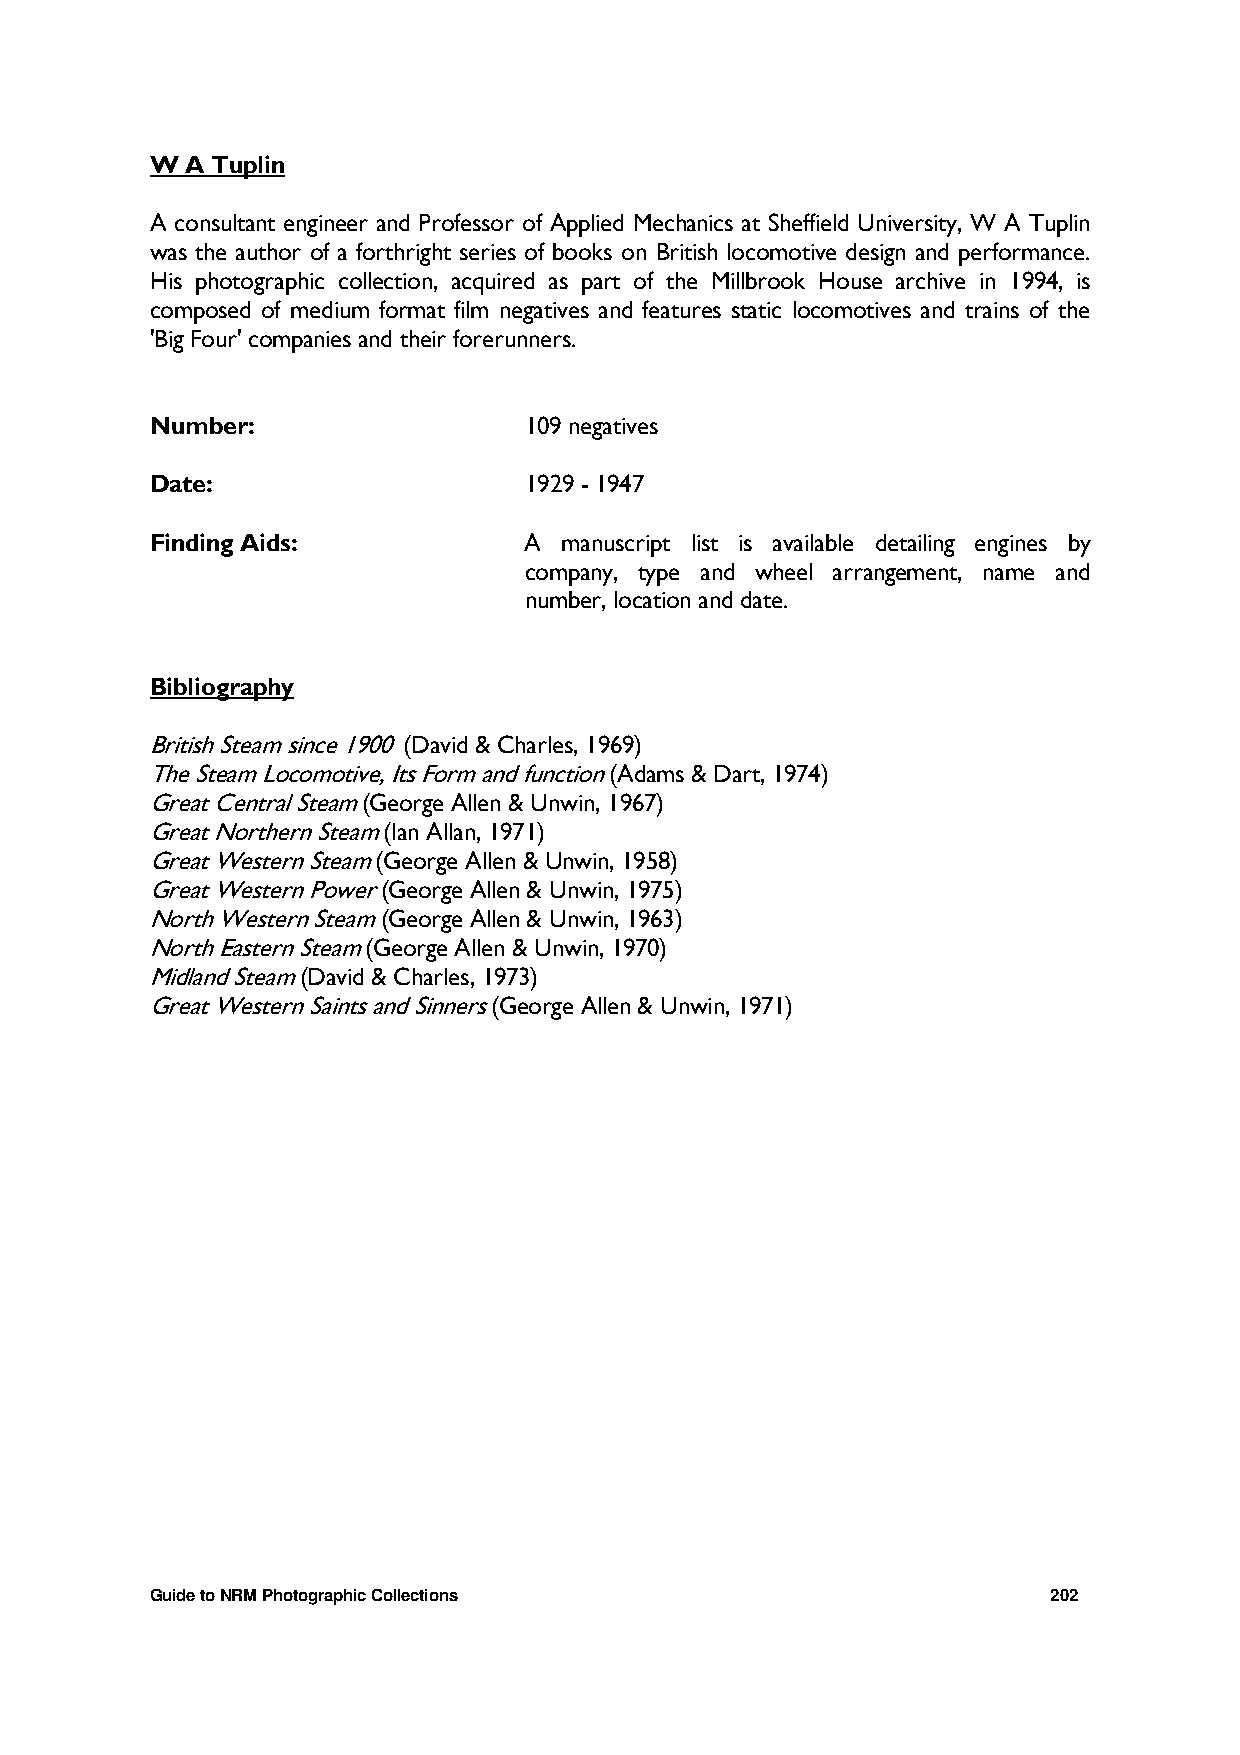
W A Tuplin
 A consultant engineer and Professor of Applied Mechanics at Sheffield University, W A Tuplin
 was the author of a forthright series of books on British locomotive design and performance.
 His photographic collection, acquired as part of the Millbrook House archive in 1994, is
 composed of medium format film negatives and features static locomotives and trains of the
 'Big Four' companies and their forerunners.
 Number:                  109 negatives
 Date:                    1929 - 1947
 Finding Aids:            A manuscript list is available detailing engines by
 company, type and wheel arrangement, name and
 number, location and date.
 Bibliography
 British Steam since 1900 (David & Charles, 1969)
 The Steam Locomotive, Its Form and function (Adams & Dart, 1974)
 Great Central Steam (George Allen & Unwin, 1967)
 Great Northern Steam (Ian Allan, 1971)
 Great Western Steam (George Allen & Unwin, 1958)
 Great Western Power (George Allen & Unwin, 1975)
 North Western Steam (George Allen & Unwin, 1963)
 North Eastern Steam (George Allen & Unwin, 1970)
 Midland Steam (David & Charles, 1973)
 Great Western Saints and Sinners (George Allen & Unwin, 1971)
 Guide to NRM Photographic Collections                       202